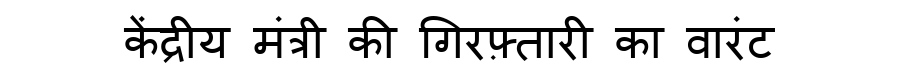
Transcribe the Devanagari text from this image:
केंद्रीय मंत्री की गिरफ़्तारी का वारंट